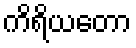
ကိရိယတော